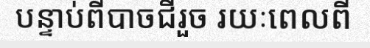
បន្ទាប់ពីបាចជីរួច រយៈពេលពី